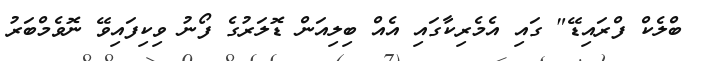
ބްލެކް ފްރައިޑޭ" ގައި އެމެރިކާގައި އެއް ބިލިއަން ޑޮލަރުގެ ފޯނު ވިކިފައިވޭ ނޮވެމްބަރު